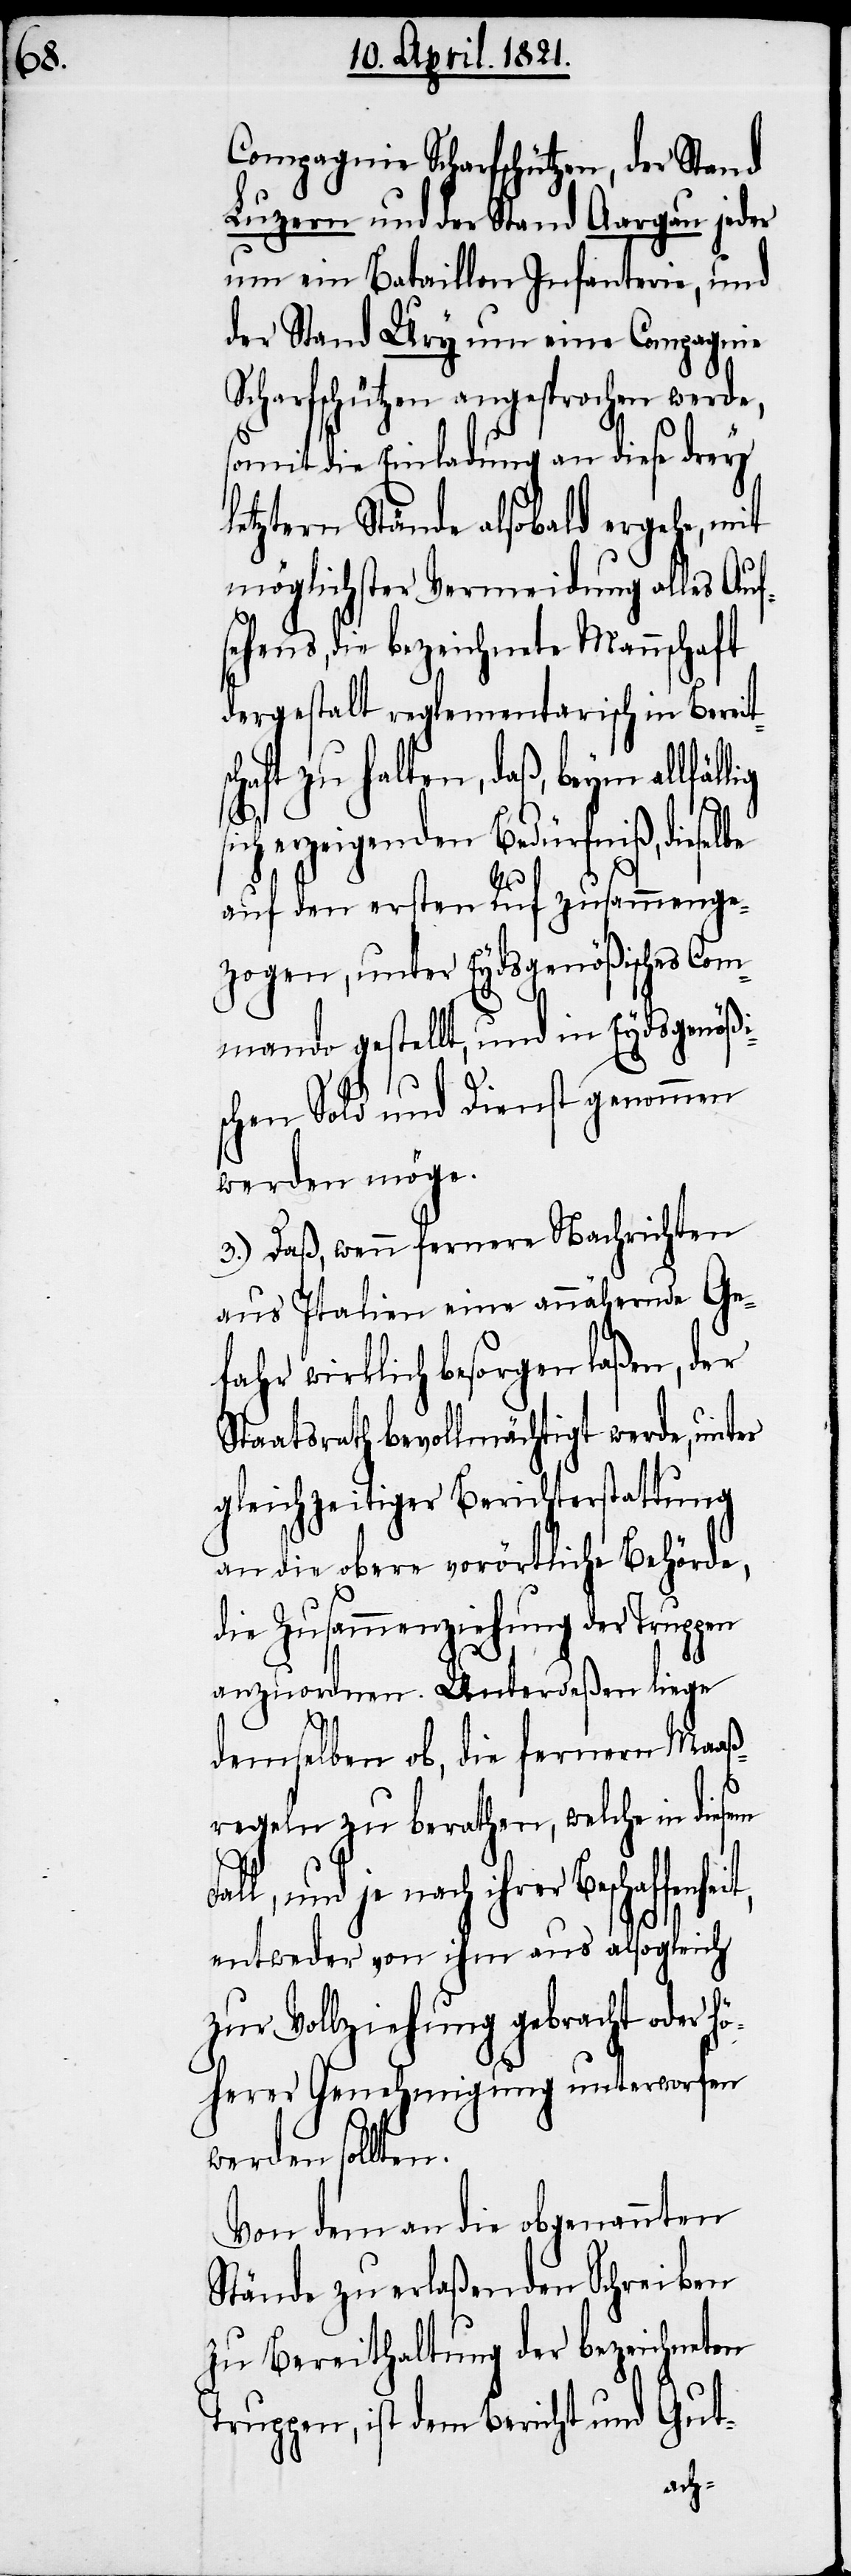
llig

Compagnie Scharfschützen, der Stand
Luzern und der Stand Aargau jeder
um ein Bataillon Infanterie, und
der Stand Ury um eine Compagnie
Scharfschützen angesprochen werde,
somit die Einladung an diese drey
letztern Stände alsobald ergehe, mit
möglichster Vermeidung alles Auf¬
sehens, die bezeichnete Mannschaft
dergestalt reglementarisch in Bereit¬
haft zu halten, daß, beym allfä¬
erzeigenden Bedürfniß, diesel¬
be
auf den ersten Ruf zusammenge¬
zogen, unter Eydsgenößisches Com¬
mando gestellt, und in Eydsgenößi¬
schen Sold und Dienst genommen
werden möge.
3.) Daß, wenn fernere Nachrichten
aus Italien eine annähernde Ge¬
fahr wirklich besorgen laßen, der
Staatsrath bevollmächtigt werde, unter
gleichzeitiger Berichterstattung
an die obere vorörtliche Behörde,
die Zusammenziehung der Truppen
anzuordnen. Unterdeßen liege
demselben ob, die fernern Maaß¬
regeln zu berathen, welche in diesem
Fall, und je nach ihrer
entweder von ihm aus alsogleich
zur Vollziehung gebracht oder hö¬
herer Genehmigung unterworfen
werden sollten.
Von dem an die obgenannten
Stände zu erlaßenden Schreiben
zu Bereithaltung der bezeichneten
Truppen, ist dem Bericht und Gut-